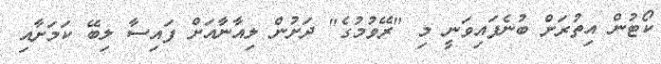
ކޯޓުން އިތުރަށް ބުނެފައިވަނީ މި "ރޭވުމުގެ" ދަށުން ލިއާނާއަށް ފައިސާ ލިބޭ ކަމަށާއި